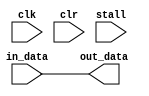
`timescale 1ns / 1ps
//////////////////////////////////////////////////////////////////////////////////
// Company: 
// 
// 
// Design Name: 
// Module Name:    delay_line 
// Project Name: 
// Target Devices: 
// Tool versions: 
// Description: 
//
// Dependencies: 
//
// Revision: 
// Revision 0.01 - File Created
// Additional Comments: 
//
//////////////////////////////////////////////////////////////////////////////////
module delay_line #(parameter DEPTH=0, parameter DIM=16) 
(
    input clk,
    input clr,
    input stall,
    input [DIM-1:0] in_data,
    output [DIM-1:0] out_data
);

    generate 
        genvar i;
        if (DEPTH==0)
            begin:no_delay_line
                assign out_data = in_data;
            end
        else 
            begin:delay_line_generation
                reg [DIM-1:0] data_pipe_r [0:DEPTH-1]; 
                
                always @(posedge clk)
                    if (clr) 
                        data_pipe_r[0] <= 0;
                    else if (~stall)
                            data_pipe_r[0] <= in_data;
                
                for (i=1 ; i<DEPTH ; i=i+1)
                    begin:delay_line
                        always @(posedge clk)
                            if (clr)
                                data_pipe_r[i] <= 0;
                            else if (~stall)
                                    data_pipe_r[i] <= data_pipe_r[i-1];
                    end
                
                assign out_data=data_pipe_r[DEPTH-1];
            end
    endgenerate

endmodule